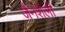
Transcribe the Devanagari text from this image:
जैनशैली